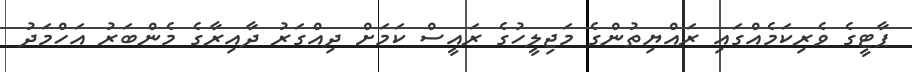
ޕާޓީގެ ވެރިކަމެއްގައި ރައްޔިތުންގެ މަޖިލީހުގެ ރައީސް ކަމަށް ދިއްގަރު ދާއިރާގެ މެންބަރު އަހްމަދު